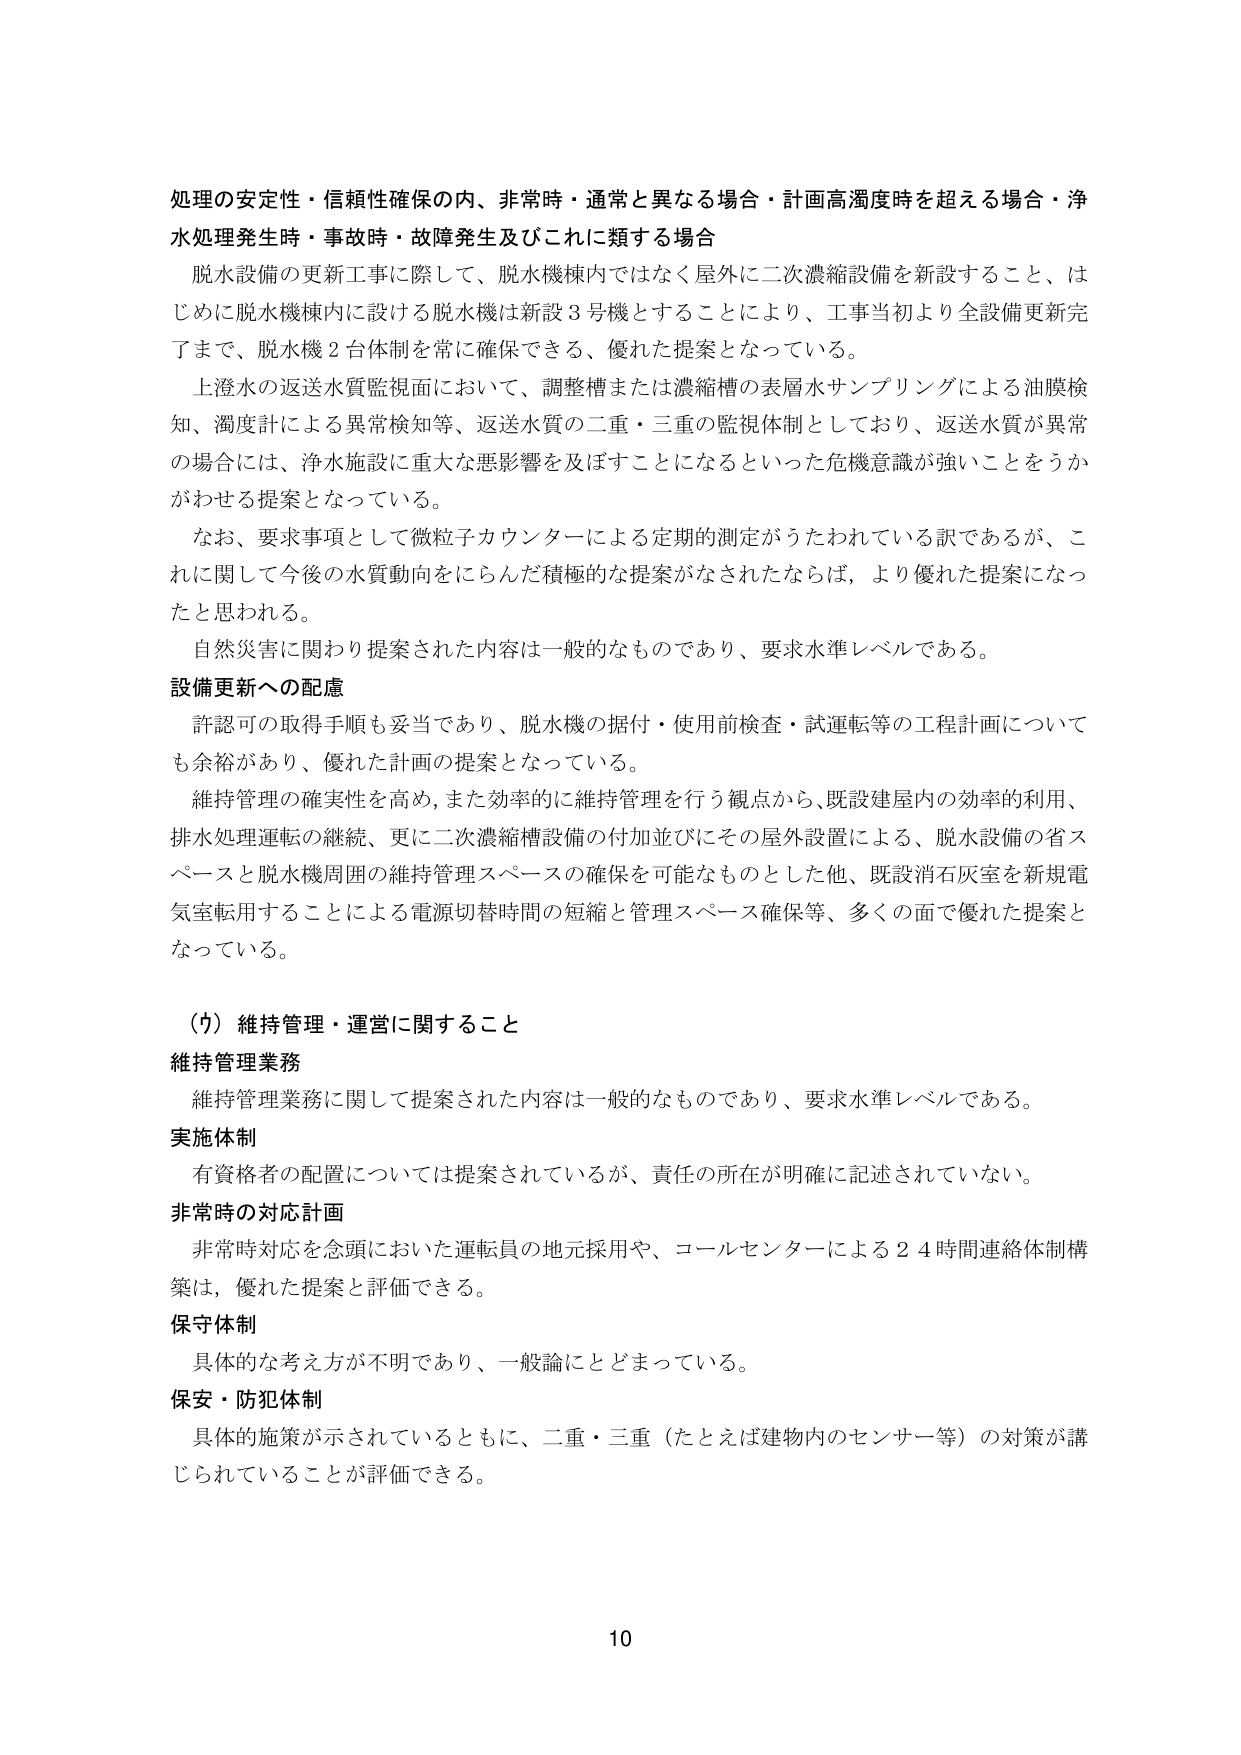
処理の安定性・信頼性確保の内、非常時・通常と異なる場合・計画高濁度時を超える場合・浄水処理発生時・事故時・故障発生及びこれに類する場合

脱水設備の更新工事に際して、脱水機棟内ではなく屋外に二次濃縮設備を新設すること、はじめに脱水機棟内に設ける脱水機は新設３号機とすることにより、工事当初より全設備更新完了まで、脱水機２台体制を常に確保できる、優れた提案となっている。

上澄水の返送水質監視面において、調整槽または濃縮槽の表層水サンプリングによる油膜検知、濁度計による異常検知等、返送水質の二重・三重の監視体制としており、返送水質が異常の場合には、浄水施設に重大な悪影響を及ぼすことになるといった危機意識が強いことをうかがわせる提案となっている。

なお、要求事項として微粒子カウンターによる定期的測定がうたわれている訳であるが、これに関して今後の水質動向をにらんだ積極的な提案がなされたならば、より優れた提案になったと思われる。

自然災害に関わり提案された内容は一般的なものであり、要求水準レベルである。

設備更新への配慮

許認可の取得手順も妥当であり、脱水機の据付・使用前検査・試運転等の工程計画についても余裕があり、優れた計画の提案となっている。

維持管理の確実性を高め、また効率的に維持管理を行う観点から、既設建屋内の効率的利用、排水処理運転の継続、更に二次濃縮槽設備の付加並びにその屋外設置による、脱水設備の省スペースと脱水機周囲の維持管理スペースの確保を可能なものとした他、既設消石灰室を新規電気室転用することによる電源切替時間の短縮と管理スペース確保等、多くの面で優れた提案となっている。

（カ）維持管理・運営に関すること

維持管理業務

維持管理業務に関して提案された内容は一般的なものであり、要求水準レベルである。

実施体制

有資格者の配置については提案されているが、責任の所在が明確に記述されていない。

非常時の対応計画

非常時対応を念頭においた運転員の地元採用や、コールセンターによる２４時間連絡体制構築は、優れた提案と評価できる。

保守体制

具体的な考え方が不明であり、一般論にとどまっている。

保安・防犯体制

具体的施策が示されているとともに、二重・三重（たとえば建物内のセンサー等）の対策が講じられていることが評価できる。

10